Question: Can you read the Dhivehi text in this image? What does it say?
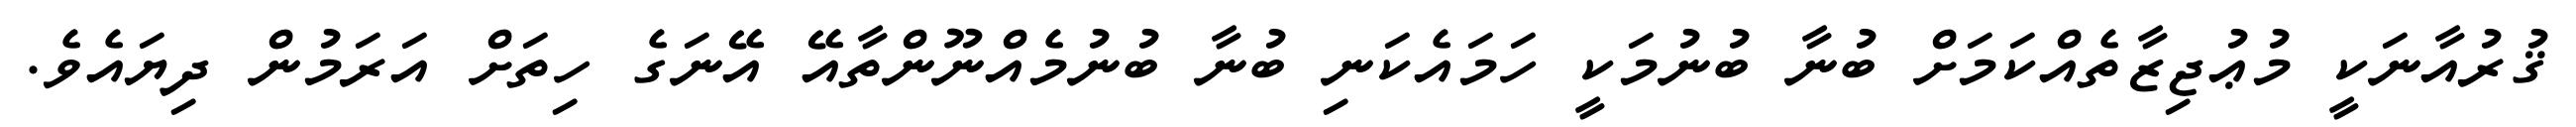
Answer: ޤުރުއާނަކީ މުޢުޖިޒާތެއްކަމަށް ބުނާ ބުނުމަކީ ހަމައެކަނި ބުނާ ބުނުމެއްނޫންތާއޭ އޭނަގެ ހިތަށް އަރަމުން ދިޔައެވެ.